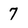
Character: 7